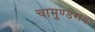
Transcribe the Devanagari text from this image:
चामुण्डराय